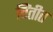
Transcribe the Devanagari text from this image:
चिंतीत